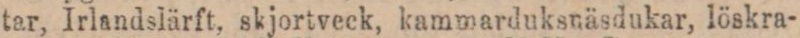
tar, Irlandslärft, skjortveck, kammarduksnäsdukar, löskra-